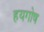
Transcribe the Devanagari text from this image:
हयगोष